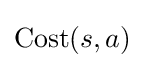
\operatorname {Cost} (s,a)